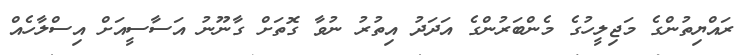
ރައްޔިތުންގެ މަޖިލީހުގެ މެންބަރުންގެ އަދަދު އިތުރު ނުވާ ގޮތަށް ގާނޫނު އަސާސީއަށް އިސްލާހެއް